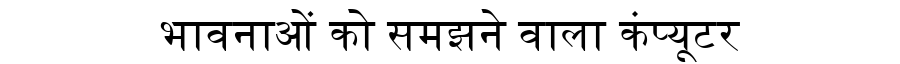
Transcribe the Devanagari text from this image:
भावनाओं को समझने वाला कंप्यूटर